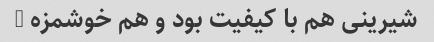
شیرینی هم با کیفیت بود و هم خوشمزه …